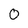
Character: 0